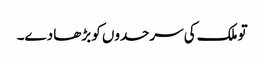
تو ملک کی سرحدوں کو بڑھا دے۔